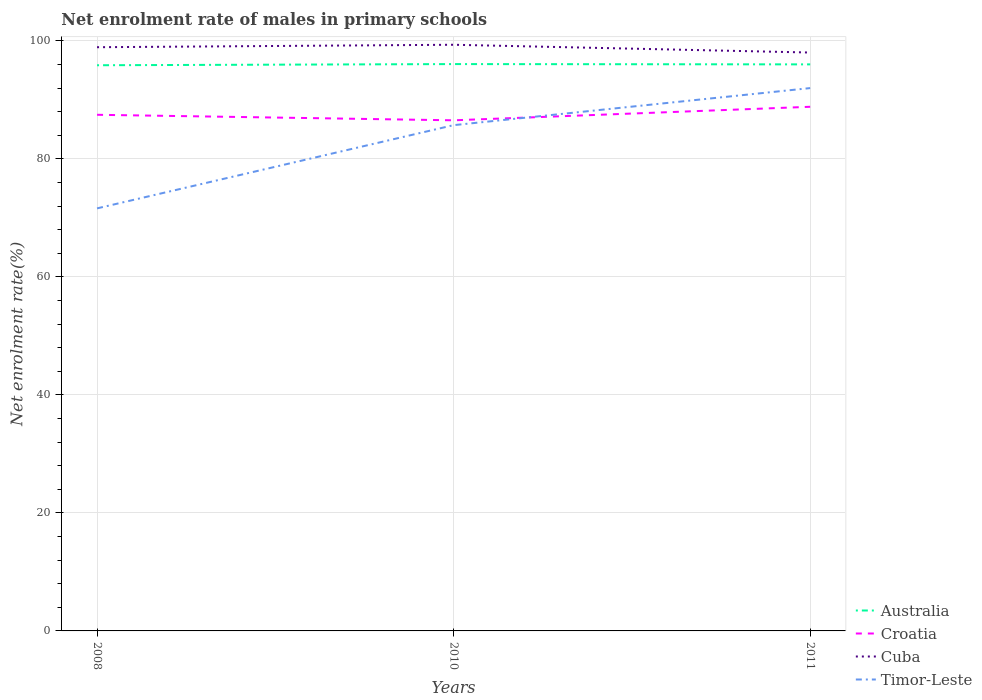
| Years | Australia | Croatia | Cuba | Timor-Leste |
 | --- | --- | --- | --- | --- |
 | 2008 | 95.9 | 87.5 | 98.9 | 71.6 |
 | 2010 | 96.1 | 86.6 | 99.4 | 85.7 |
 | 2011 | 96 | 88.8 | 98 | 92 |